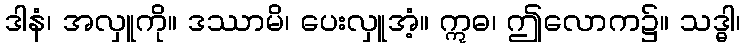
ဒါနံ၊ အလှူကို။ ဒဿာမိ၊ ပေးလှူအံ့။ ဣဓ၊ ဤလောက၌။ သဒ္ဓါ၊